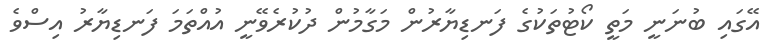
އޭގައި ބުނަނީ މަތީ ކޯޓުތަކުގެ ފަނޑިޔާރުން މަގާމުން ދުކުރެވޭނީ އުއްތަމަ ފަނޑިޔާރު އިސްވެ